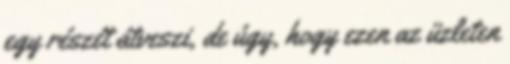
egy részét átveszi, de úgy, hogy ezen az üzleten